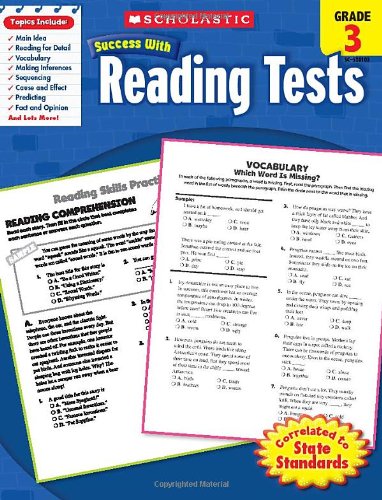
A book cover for Scholastic Success With Reading Tests,  Grade 3 (Scholastic Success with Workbooks: Tests Reading); Scholastic; Test Preparation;